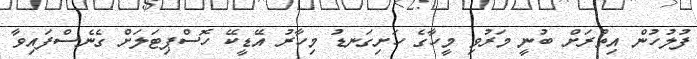
ފުލުހުން އިތުރަށް ބުނީ މަރުވި މީހާގެ ހަށިގަނޑު މިހާރު އޭޑީކޭ ހޮސްޕިޓަލަށް ގެނެސްފައިވާ